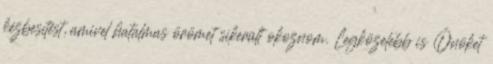
kézbesítést, amivel hatalmas örömet sikerült okoznom. Legközelebb is Önöket